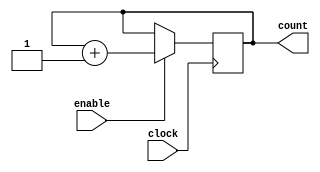
`timescale 1ns/100ps  //unit time is 1ns, resolution 100ps
//-----------------------------
//Design name: counter_8
//Function: an 8-bit synchronous counter with enable input
//------------------------------


module counter_8(
	clock, //clock input
	enable, //high enable counting
	count //count value
	);
	
	//-----------declare ports----------------
	
	parameter BIT_SZ = 8;
	input clock;
	input enable;
	output [BIT_SZ-1:0] count;
	
	//count needs to be declared as reg
	reg[BIT_SZ-1:0] count;
	
	//---always initialise storage elements such as D-FF
	initial count = 0;
	
	//---main body of the module---
	
	always @(posedge clock)
		if (enable == 1'b1)
			count <= count + 1'b1;
			
endmodule //end of module